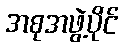
အစုအဖွဲ့ပိုင်